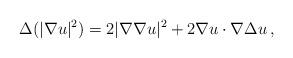
LaTeX: \begin{align*} \Delta(|\nabla u|^2)= 2 |\nabla\nabla u|^2 + 2\nabla u\cdot\nabla\Delta u\,, \end{align*}